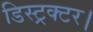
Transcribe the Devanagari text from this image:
डिस्ट्रक्टर।